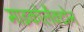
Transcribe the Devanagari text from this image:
माइकोलैक्टोन